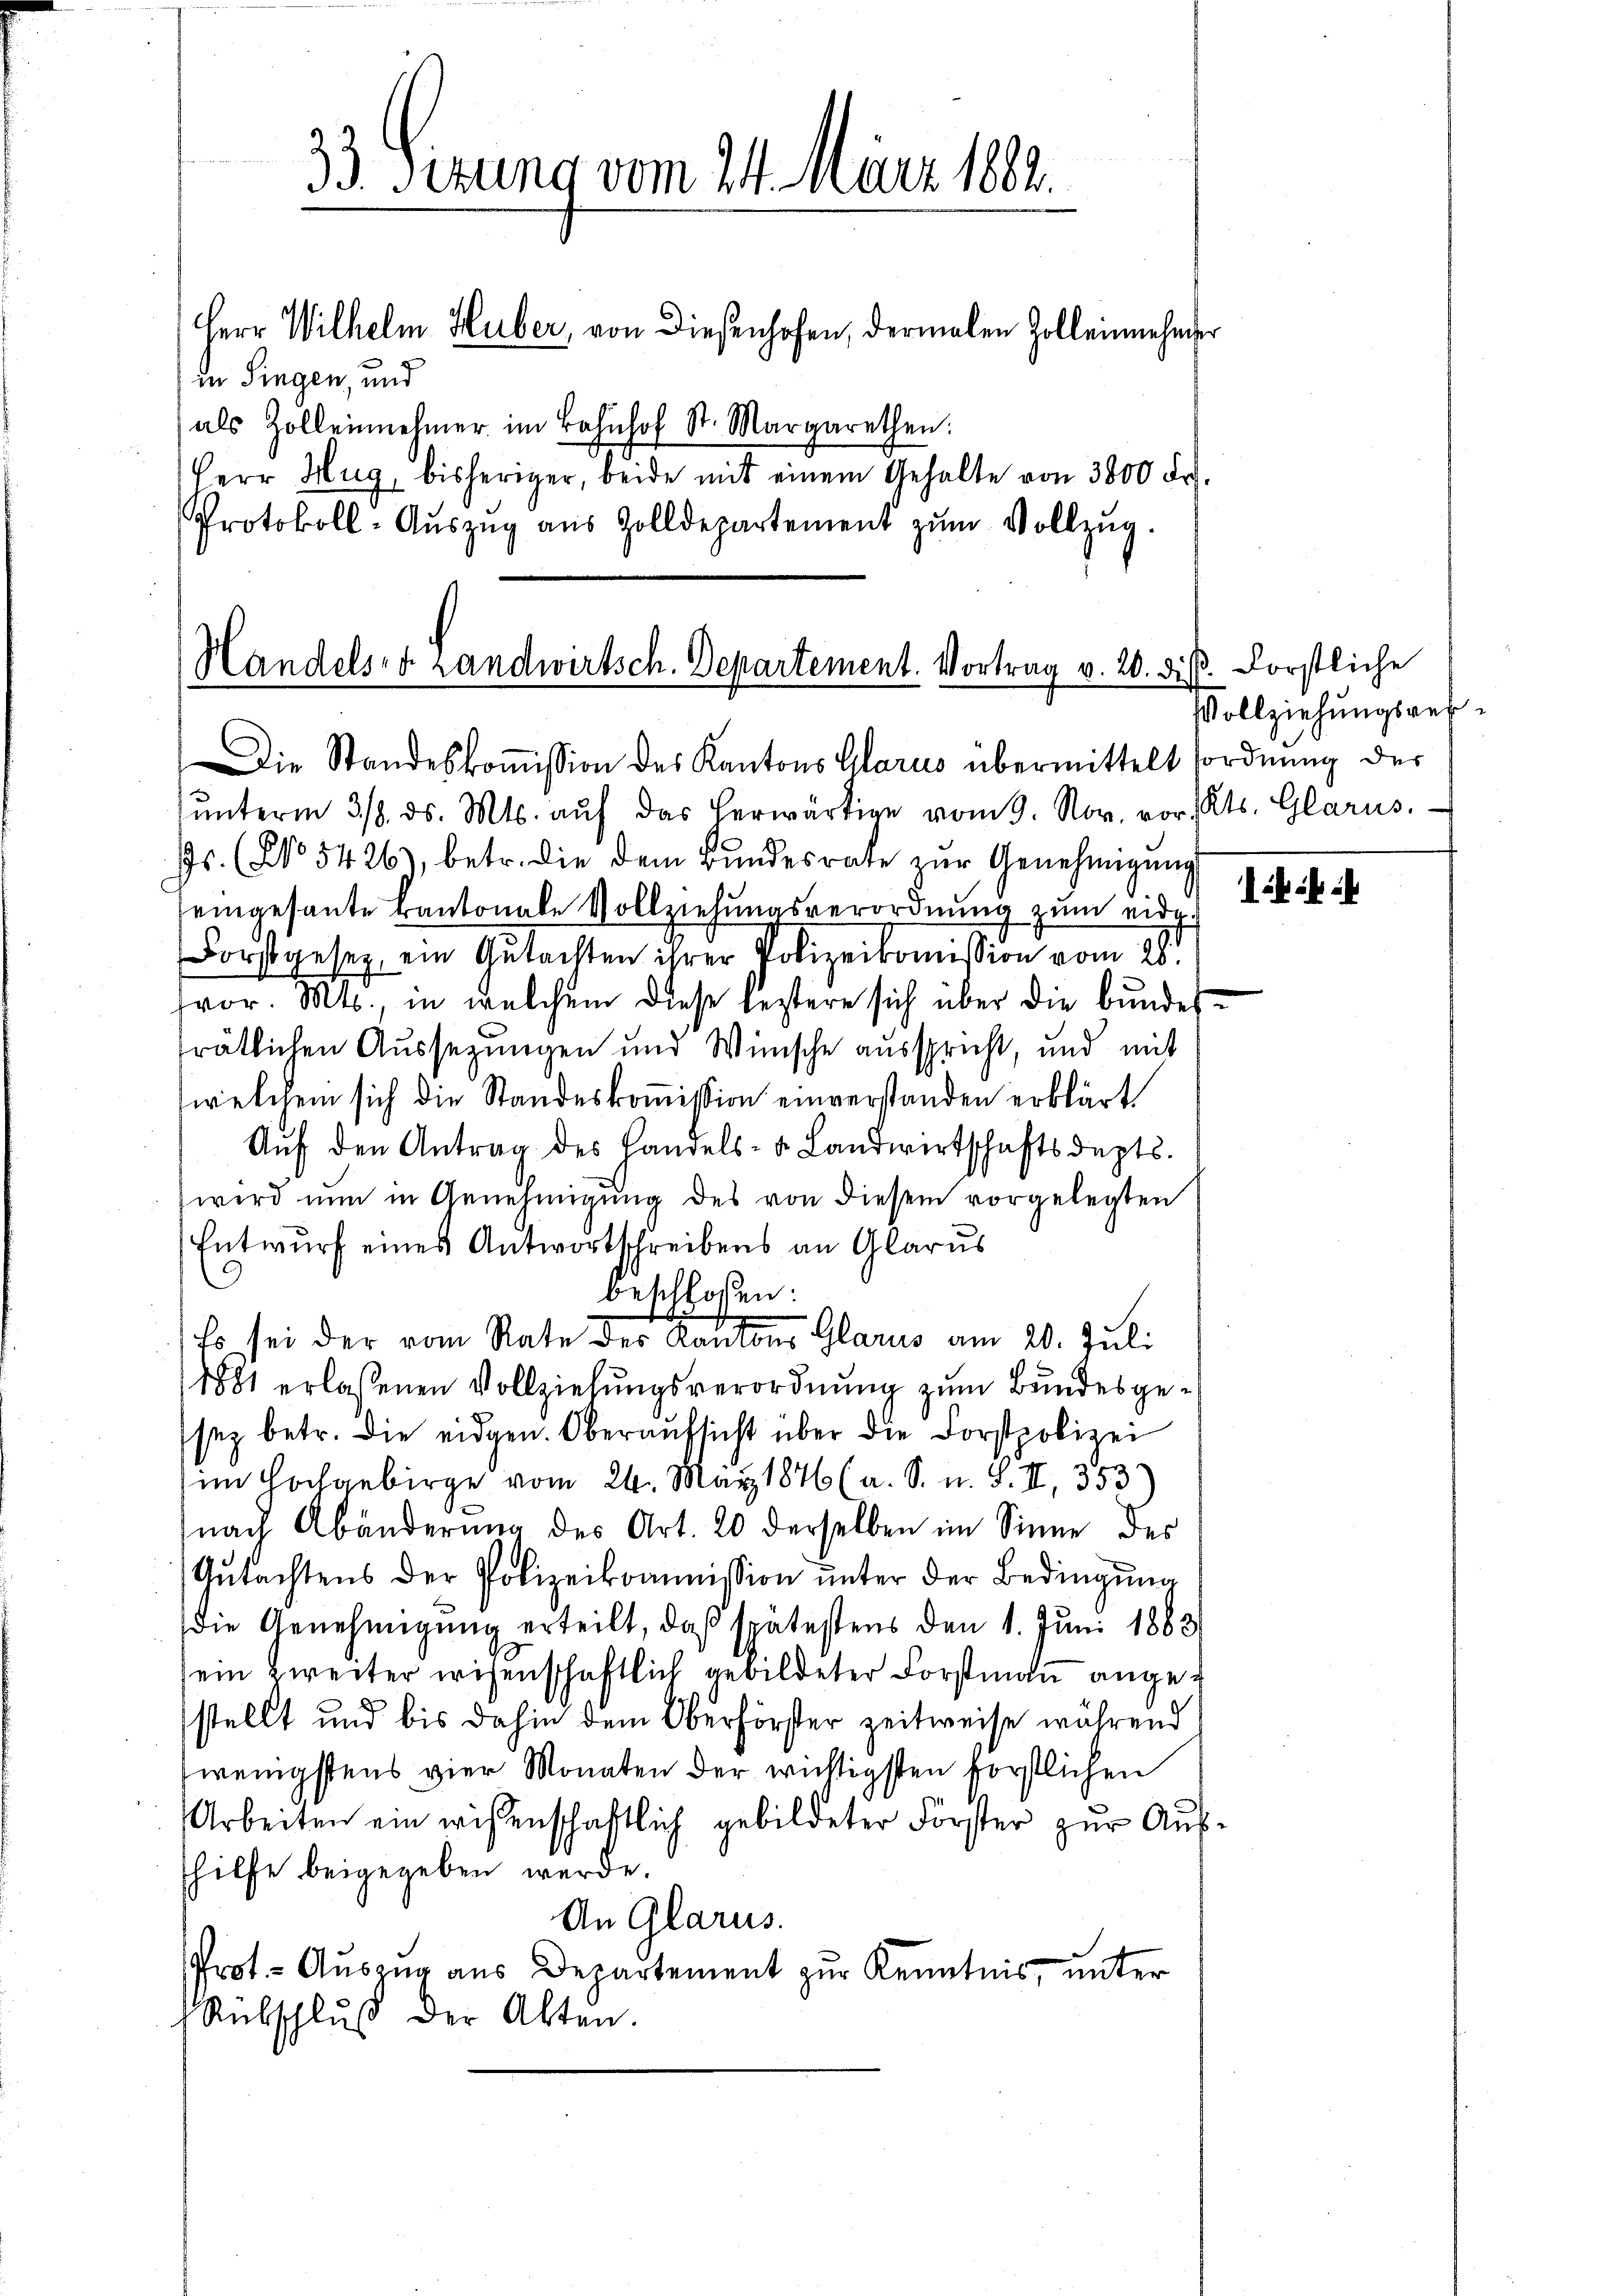
33 Sezung vom 24. März 1882.
Herr Wilhelm Huber, von Diesenhofen, dermalen Zolleinnehmer
in Singen, und
als Zollenehmer im Bahnhof St. Margarethen:
Herr Hug, bisheriger, beide mit einem Gehalte von 3800 Fr.
Protokoll-Aŭszŭg aŭs Zolldepartement zŭm Vollzŭg.

ŭnterm 318. ds. Mts. aŭf das herwärtige vom 9. Nov. vor Kts. Glarus.
s. (No 5426), betr. die dem Bŭndesrate zŭr Genehmigŭng
eingesante Cantonale Vollziehungsverordnung zum eidg.
Forstgesetz, ein Gutachten ihrer Polizeikommission vom 28.
vor. Mts. in welchem diese leztere sich über die bundesträtlichen Aussetzungen und Wünsche ausspricht, und mit
welchem sich die Standeskoṁission einverstanden erklärt
Aŭf den Antrag des Handels- & Landwirtschaftsdepts.
wird nun in Genehmigŭng des von diesem vorgelegten
Entwurf eines Antwortschreibens an Glarus
9
beschloßen:
Es sei der vom Rate der Kantons Glarus am 20. Juli
1881 erlassenen Vollziehungsverordnung zum Bundesgesez betr. die eidgen. Oberaufsicht über die Forstpolizei
im Hochgebirge vom 24. May 1846 (a. S. u. S. II, 353)
nach Abänderung des Art. 20 derselben im Sinne des
Gutachtens der Polizeikommission unter der Bedingung
Die Genehmigung erteilt, daß spätestens den 1. Juni 1883
ein Zweiter wisenschaftlich gebildeter Forstmaṅ angestellt und bis dahin dem Oberförster zeitweise während
wenigstens vier Monaten der wichtigsten förstlichen
Arbeiten ein wissenschaftlich gebildeter Forster zur Aushilfe beigegeben werde.
An Glarus.
Prot. Auszug aus Departement zur Kenntnis, unter
Rübschlŭβ der Alten.

Handels- & Landwirtsch. Departement. Vortrag v. 20. diβ. Förstliche
Die Standeskoṁission des Kantons Glarus übermittelt fordnung der

Vollziehungsref¬